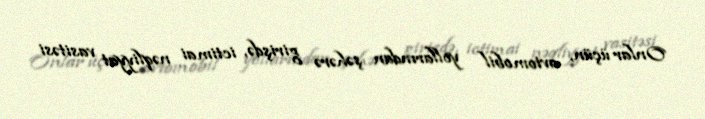
Onlar üçün, avtomobil yollarından şəhərə girişdə, ictimai nəqliyyat vasitəsi